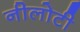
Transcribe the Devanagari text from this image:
नीलोटी